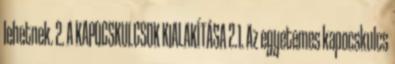
lehetnek. 2. A KAPOCSKULCSOK KIALAKÍTÁSA 2.1. Az egyetemes kapocskulcs